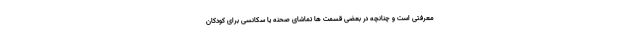
معرفتی است و چنانچه در بعضی قسمت ها تماشای صحنه یا سکانسی برای کودکان